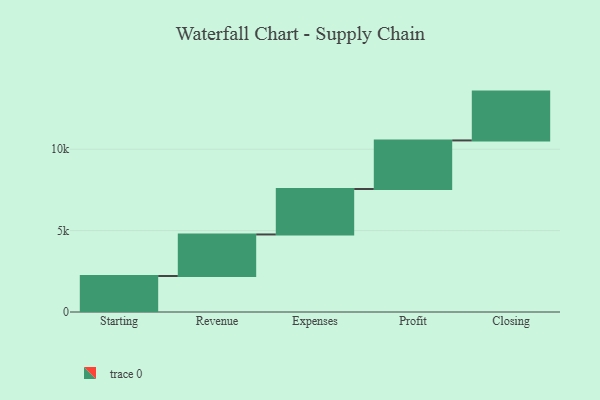
{"axis": {"x": "Step", "y": "Value"}, "legend": [""], "data": [{"x": "Starting", "y": 2211.0, "type": ""}, {"x": "Revenue", "y": 2553.0, "type": ""}, {"x": "Expenses", "y": 2794.0, "type": ""}, {"x": "Profit", "y": 2983.0, "type": ""}, {"x": "Closing", "y": 3000, "type": ""}]}